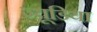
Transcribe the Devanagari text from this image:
ज्यूडिया